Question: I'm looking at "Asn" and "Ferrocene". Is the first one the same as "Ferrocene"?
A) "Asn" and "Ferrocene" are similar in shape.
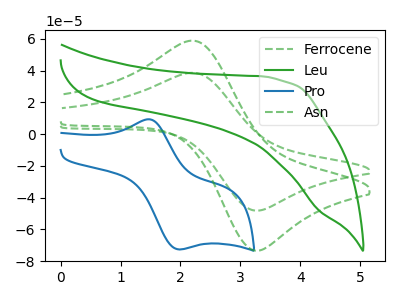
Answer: <think>The green dashed curve "Ferrocene" has an anodic peak at (2.20V, 38.65uA) and a cathodic peak at (3.30V, -48.15uA). The green curve "Leu" has no peaks. The blue curve "Pro" has an anodic peak at (1.45V, 9.40uA) and a cathodic peak at (1.95V, -72.55uA). The green dashed curve "Asn" has an anodic peak at (2.20V, 58.90uA) and a cathodic peak at (3.30V, -73.40uA).
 All the peaks in "Asn" have a peak in "Ferrocene" at the same potential. Every peak in "Asn" is higher than every peak in "Ferrocene".</think>
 <answer>A) "Asn" and "Ferrocene" are similar in shape.</answer>
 <eval>A</eval>